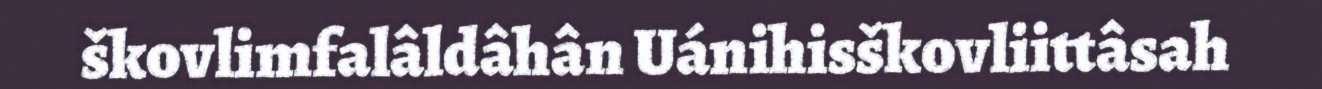
škovlimfalâldâhân Uánihisškovliittâsah